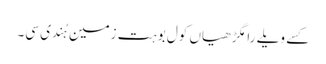
کسے ویلے رامگڑھیاں کول بوہت زمین ہُندی سی۔